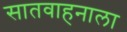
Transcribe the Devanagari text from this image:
सातवाहनाला